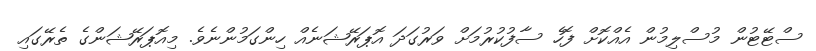
ސްޓޭޓުން މުސްލިމުން އެއްކޮށް ފޮހެ ސާފުކުރުމަށް ވަރުގަދަ އޮޕަރޭޝަނެއް ހިންގަމުންނެވެ. މިއޮޕަރޭޝަންގެ ތެރޭގައި